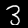
Digit: 3